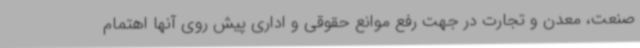
صنعت، معدن و تجارت در جهت رفع موانع حقوقی و اداری پیش روی آنها اهتمام